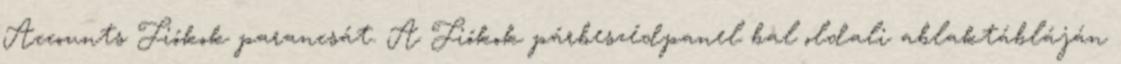
Accounts Fiókok parancsát. A Fiókok párbeszédpanel bal oldali ablaktábláján